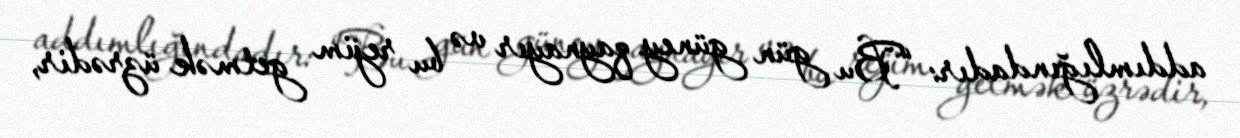
addımlığındadır: “Bu gün güney qaynayır və bu rejim getmək üzrədir,